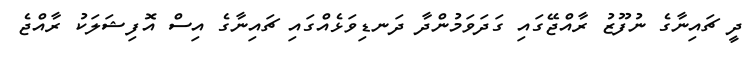
ދީ ޗައިނާގެ ނުފޫޒު ރާއްޖޭގައި ގަދަވަމުންދާ ދަނޑިވަޅެއްގައި ޗައިނާގެ އިސް އޮފިޝަލަކު ރާއްޖެ